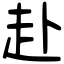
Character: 赴